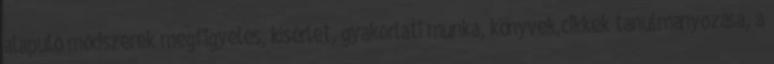
alapuló módszerek megfigyelés, kísérlet, gyakorlati munka, könyvek,cikkek tanulmányozása, a